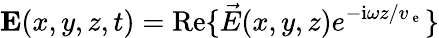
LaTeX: \mathbf{E}(x,y,z,t)=\mathrm{Re}\{ \vec{E}(x,y,z)e^{-{\mathrm{i}}\omega z/v_{\mathrm{~e~}}}\}